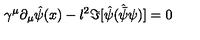
\gamma ^ { \mu } \partial _ { \mu } { \hat { \psi } ( x ) } - l ^ { 2 } \Im [ { \hat { \psi } } ( { \hat { \bar { \psi } } } \psi ) ] = 0